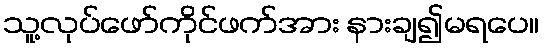
သူ့လုပ်ဖော်ကိုင်ဖက်အား နားချ၍မရပေ။